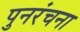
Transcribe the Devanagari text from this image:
पुनरंचना